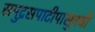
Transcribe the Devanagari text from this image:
समुद्रसपाटीपासुनची